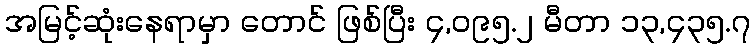
အမြင့်ဆုံးနေရာမှာ တောင် ဖြစ်ပြီး ၄,၀၉၅.၂ မီတာ ၁၃,၄၃၅.၇